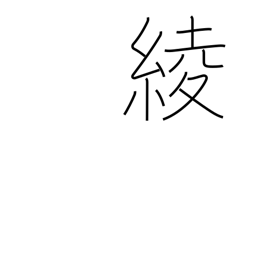
Meaning: design